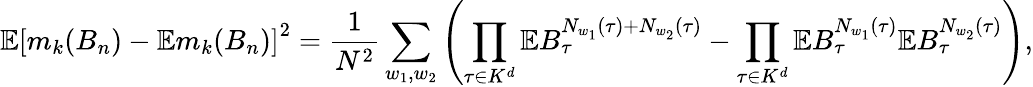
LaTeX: \mathbb{E}\left[m_{k}(B_{n})-\mathbb{E}m_{k}(B_{n})\right]^{2}=\frac{1}{N^{2}}\sum_{w_{1},w_{2}}\left(\prod_{\tau\in K^{d}}\mathbb{E}B_{\tau}^{N_{w_{1}}(\tau)+N_{w_{2}}(\tau)}-\prod_{\tau\in K^{d}}\mathbb{E}B_{\tau}^{N_{w_{1}}(\tau)}\mathbb{E}B_{\tau}^{N_{w_{2}}(\tau)}\right),